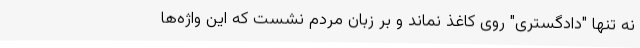
نه تنها "دادگستری" روی کاغذ نماند و بر زبان مردم نشست که این واژه‌ها